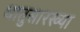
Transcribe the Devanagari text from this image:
धातुसारख्या